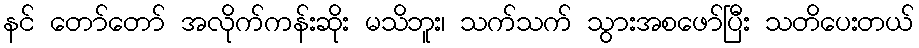
နင် တော်တော် အလိုက်ကန်းဆိုး မသိဘူး၊ သက်သက် သွားအစဖော်ပြီး သတိပေးတယ်